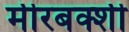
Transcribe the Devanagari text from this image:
मीरबक्शी